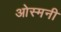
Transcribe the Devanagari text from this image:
ओस्मनी